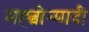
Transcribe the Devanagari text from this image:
मह्त्वोन्मादी